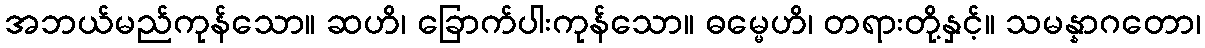
အဘယ်မည်ကုန်သော။ ဆဟိ၊ ခြောက်ပါးကုန်သော။ ဓမ္မေဟိ၊ တရားတို့နှင့်။ သမန္နာဂတော၊